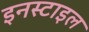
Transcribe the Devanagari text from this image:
इनस्टाइल